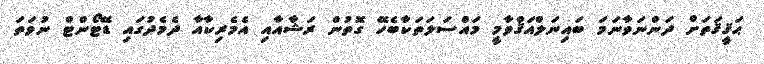
ޙަޤީޤަތަށް ދަންނަވާނަމަ ބައިނަލްއަޤްވާމީ މައްސަލަތަކާބެހޭ ގޮތުން ރަޝާއާއި އެމެރިކާއާ ދެމެދުގައި ޑޭޓޯންޓް ނުވަތަ